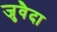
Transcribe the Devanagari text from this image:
जुवैदा